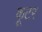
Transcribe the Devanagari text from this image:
कूटर